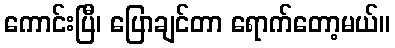
ကောင်းပြီ၊ ပြောချင်တာ ရောက်တော့မယ်။